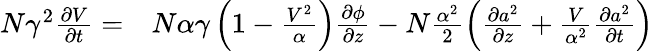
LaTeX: \begin{array}{rl}{N\gamma^{2}\frac{\partial V}{\partial t}=}&{{}N\alpha\gamma\left(1-\frac{V^{2}}{\alpha}\right)\frac{\partial\phi}{\partial z}-N\frac{\alpha^{2}}{2}\left(\frac{\partial a^{2}}{\partial z}+\frac{V}{\alpha^{2}}\frac{\partial a^{2}}{\partial t}\right)}\end{array}